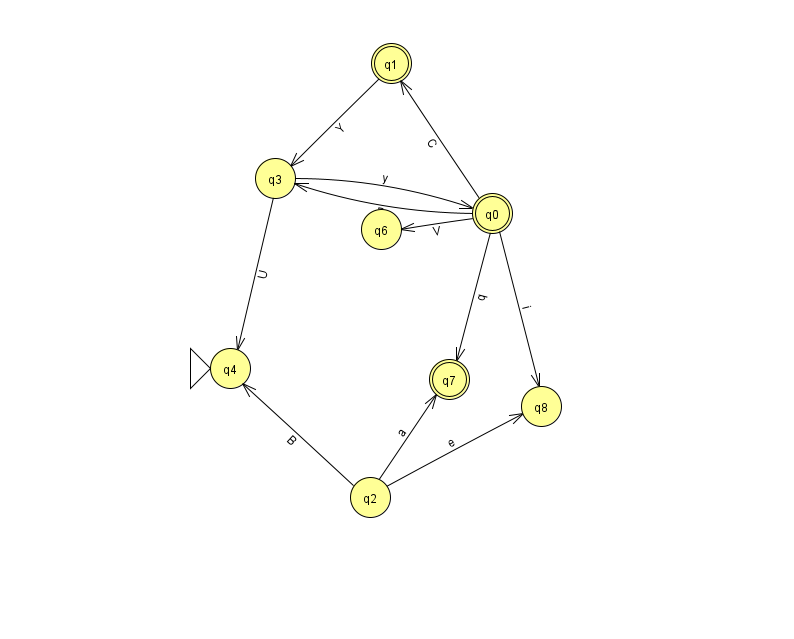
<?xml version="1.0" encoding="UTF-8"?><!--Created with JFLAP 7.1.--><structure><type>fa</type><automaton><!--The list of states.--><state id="0" name="q0"><x>492.0</x><y>200.0</y><final/></state><state id="1" name="q1"><x>391.0</x><y>50.0</y><final/></state><state id="2" name="q2"><x>370.0</x><y>484.0</y></state><state id="3" name="q3"><x>275.0</x><y>165.0</y></state><state id="4" name="q4"><x>230.0</x><y>355.0</y><initial/></state><state id="6" name="q6"><x>381.0</x><y>216.0</y></state><state id="7" name="q7"><x>449.0</x><y>366.0</y><final/></state><state id="8" name="q8"><x>541.0</x><y>393.0</y></state><!--The list of transitions.--><transition><from>0</from><to>8</to><read>i</read></transition><transition><from>3</from><to>0</to><read>y</read></transition><transition><from>2</from><to>8</to><read>e</read></transition><transition><from>0</from><to>7</to><read>q</read></transition><transition><from>2</from><to>7</to><read>a</read></transition><transition><from>3</from><to>4</to><read>U</read></transition><transition><from>0</from><to>3</to><read>P</read></transition><transition><from>1</from><to>3</to><read>Y</read></transition><transition><from>2</from><to>4</to><read>B</read></transition><transition><from>0</from><to>1</to><read>C</read></transition><transition><from>0</from><to>6</to><read>V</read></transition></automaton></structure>